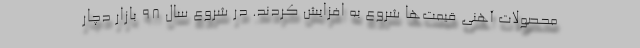
محصولات آهنی قیمت‌ها شروع به افزایش کردند. در شروع سال 98 بازار دچار